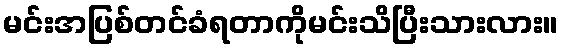
မင်းအပြစ်တင်ခံရတာကိုမင်းသိပြီးသားလား။